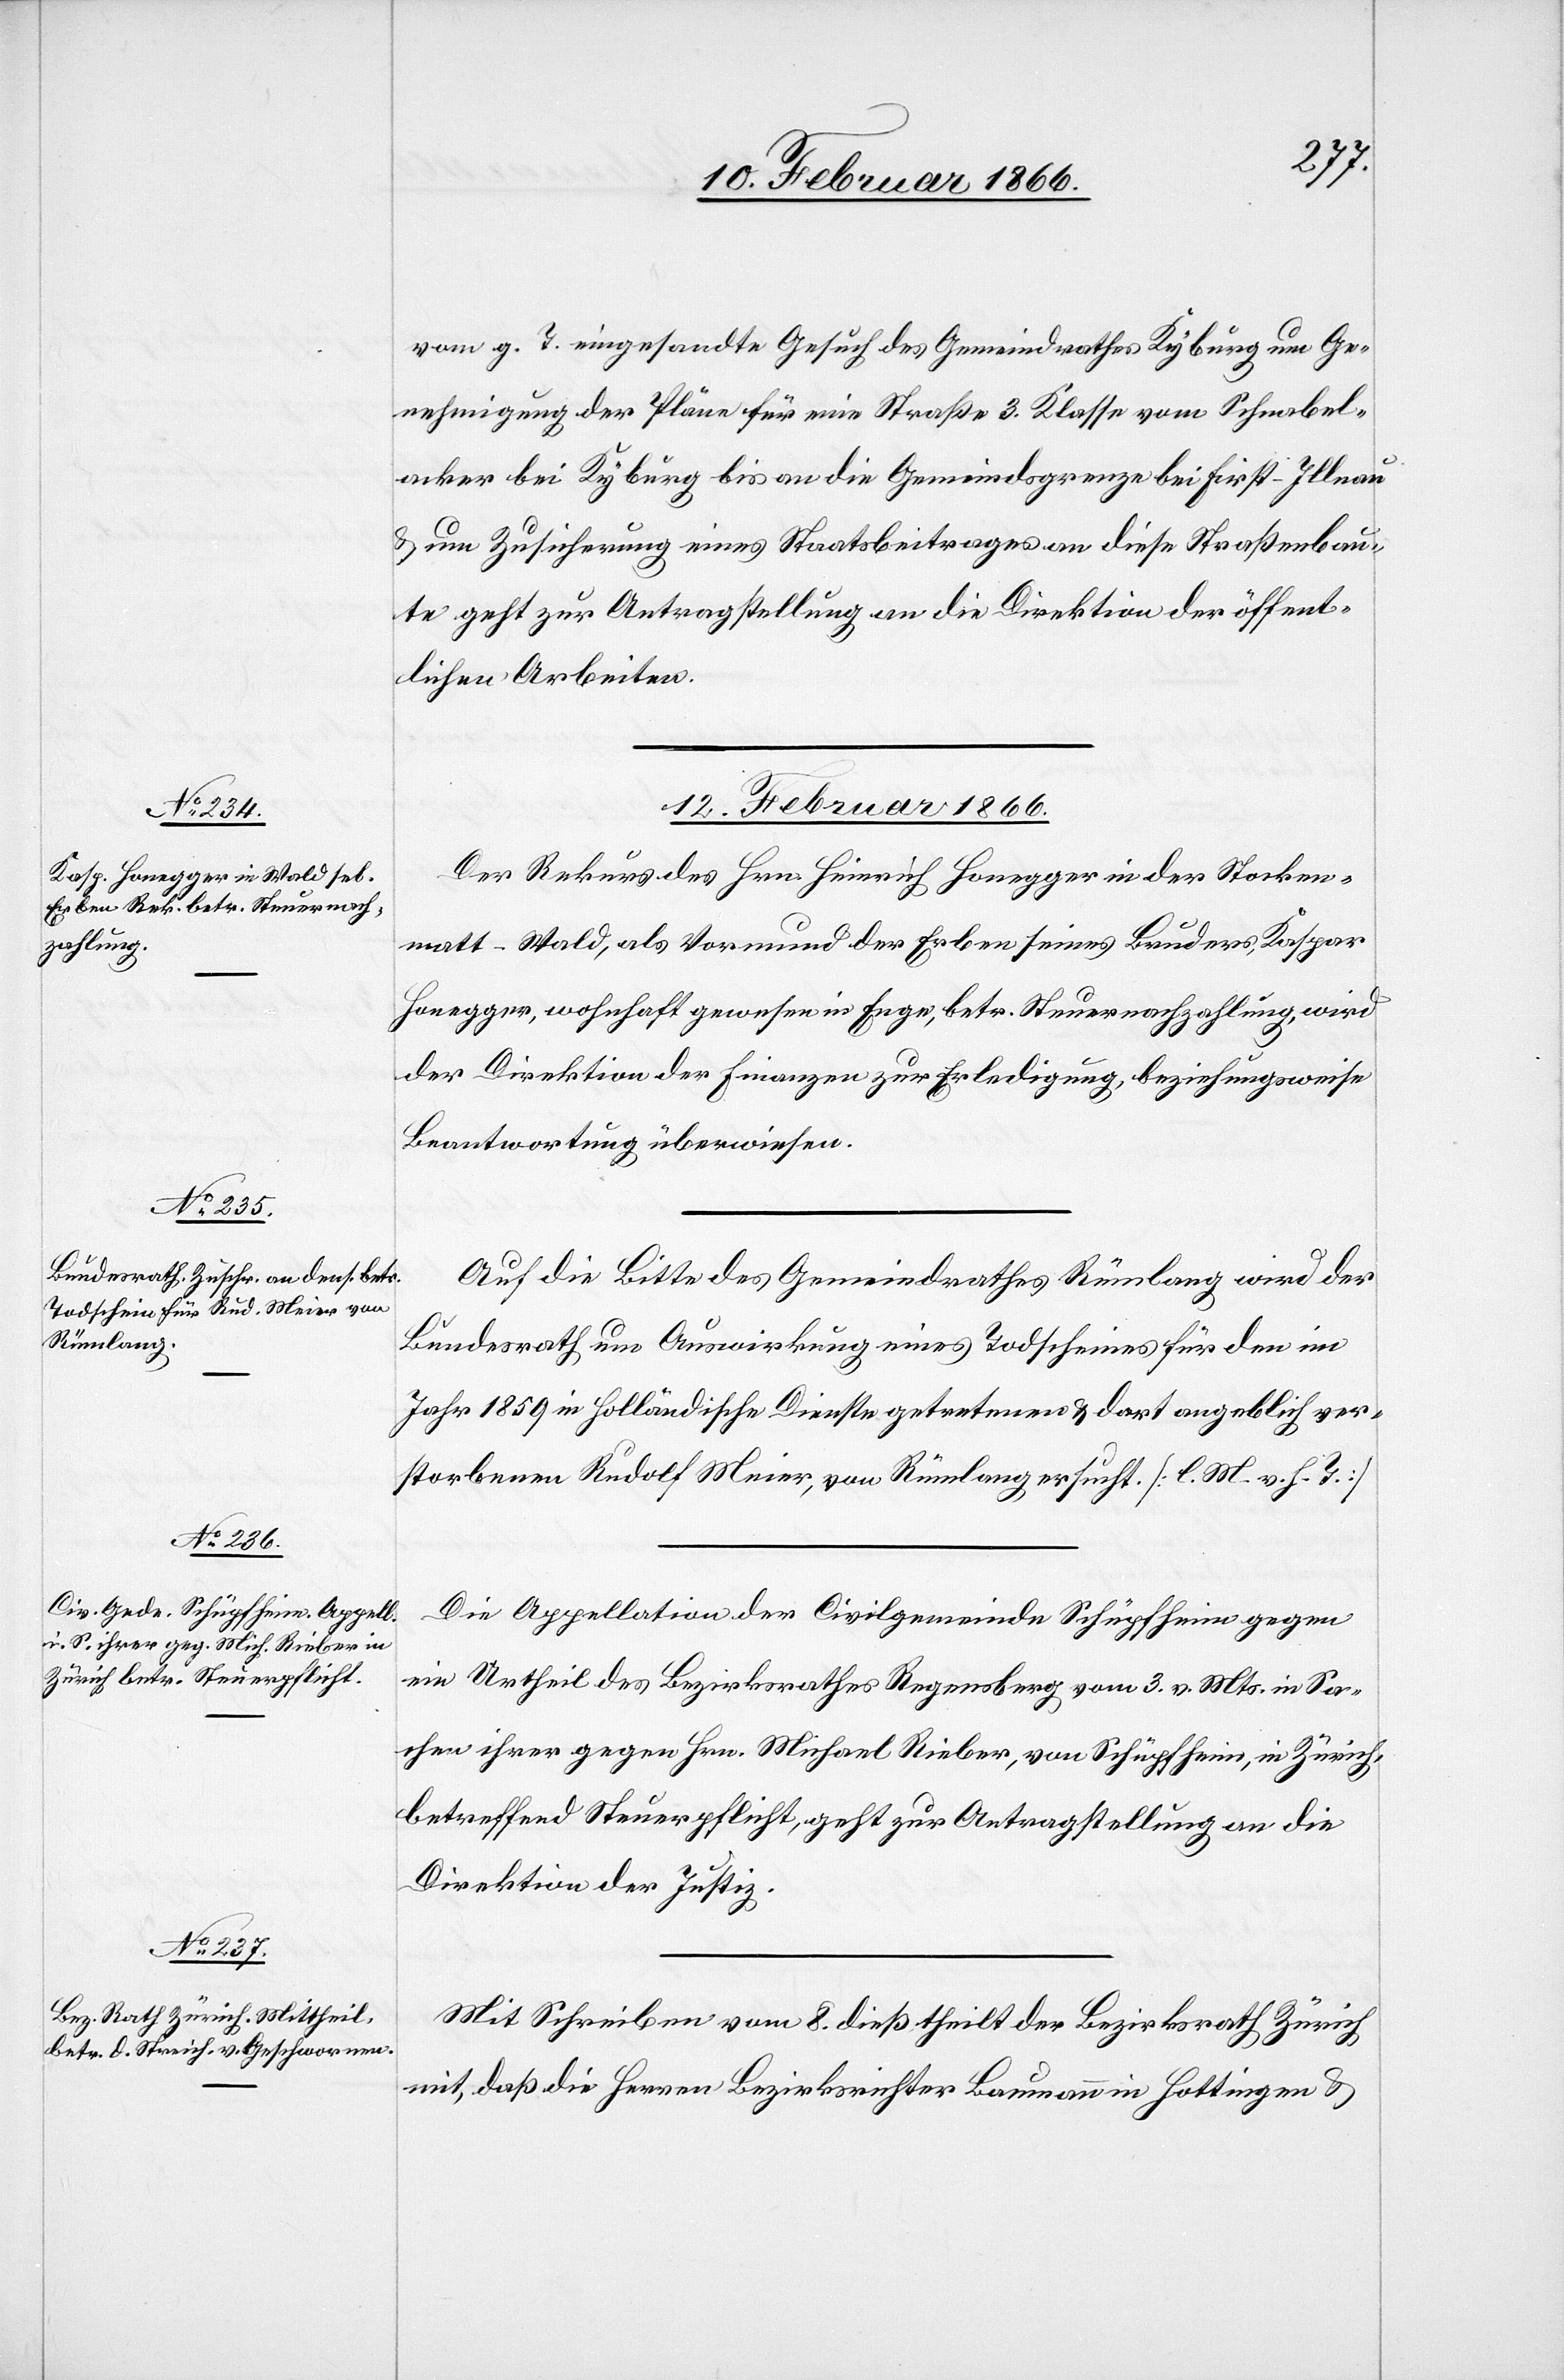
vom g. T. eingesandte Gesuch des Gemeindrathes Kyburg um Ge¬
nehmigung der Pläne für eine Straße 3. Klasse vom Schnabel¬
acker bei Kyburg bis an die Gemeindsgrenze bei First-Illnau
u. um Zusicherung eines Staatsbeitrages an diese Straßenbau¬
te geht zur Antragstellung an die Direktion der öffent¬
lichen Arbeiten.
12. Februar 1866.]
Der Rekurs des Hrn. Heinrich Honegger in der Stocken¬
matt - Wald, als Vormund der Erben seines Bruders, Kaspar
Honegger, wohnhaft gewesen in Enge, betr. Steuernachzahlung, wird
der Direktion der Finanzen zur Erledigung, beziehungsweise
Beantwortung überwiesen.
Auf die Bitte des Gemeindrathes Rümlang wird der
Bundesrath um Auswirkung eines Todtscheines für den im
Jahr 1859 in holländische Dienste getretenen u. dort angeblich ver¬
storbenen Rudolf Meier, von Rümlang ersucht. [l. M. v. h. T.]
Die Appellation der Civilgemeinde Schüpfheim gegen
ein Urtheil des Bezirksgerichtes Regensberg vom 3. v. Mts. in Sa¬
chen ihrer gegen Hrn. Michael Rieber, von Schüpfheim, in Zürich
betreffend Steuerpflicht, geht zur Antragstellung an die
Direktion der Justiz.
Mit Schreiben vom 8. dieß. theilt der Bezirksrath Zürich
mit, daß die Herren Bezirksrichter Baumann in Hottingen &